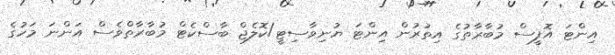
އިންޓަ އޮފީސް މުބާރާތުގެ އިތުރުން އިންޓަ ޔުނިވާސިޓީ/ކޮލެޖް ބާސްކެޓް މުބާރާތްވެސް އަންނަ މަހުގެ